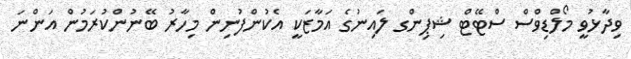
ވިދާޅުވީ މޯލްޑިވްސް ސްޓޭޓް ޝިޕިންގ ލައިނުގެ އަމާޒަކީ އެކުންފުނިން މިހާރު ބޭނުންކުރަމުން އަންނަ